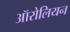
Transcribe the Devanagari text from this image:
ऑरोलियन